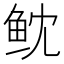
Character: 𱇙